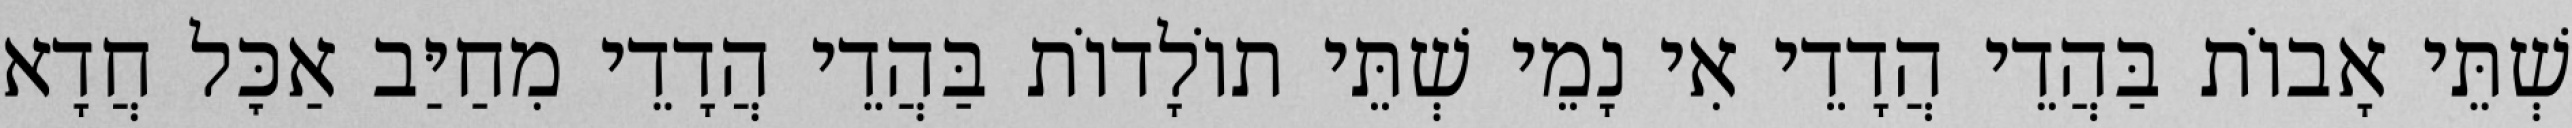
שְׁתֵּי אָבוֹת בַּהֲדֵי הֲדָדֵי אִי נָמֵי שְׁתֵּי תוֹלָדוֹת בַּהֲדֵי הֲדָדֵי מִחַיַּב אַכׇּל חֲדָא